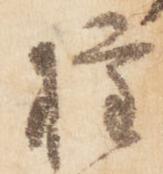
権